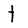
Character: t